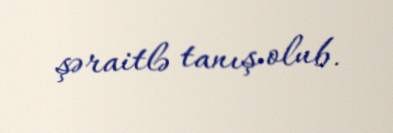
şəraitlə tanış olub.